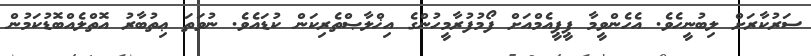
ސަރުކާރަށް ލިބުނީހެވެ. އެހެންވީމާ ޕީޕީއެމްއަށް ފޯމުފުރާމީހުންގެ އިޚްލާޞްތެރިކަން ކުޑައެވެ. ނުވަތަ ޢިތުބާރު އޮތްލެއްބޮޑުކަމުން